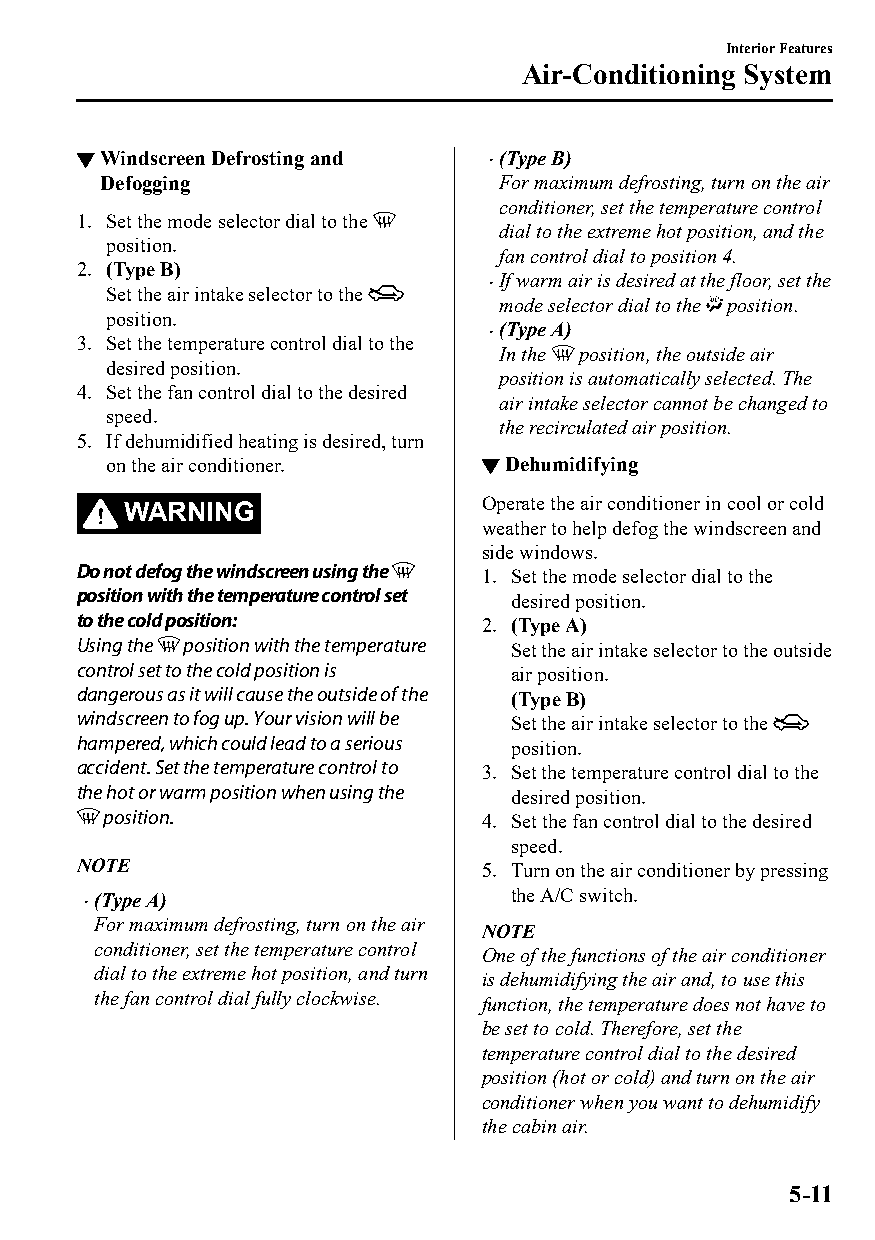
Interior Features
 Air-Conditioning System
 ▼Windscreen Defrosting and  (Type B)
 
 Defogging                  For maximum defrosting, turn on the air
 conditioner, set the temperature control
 1. Set the mode selector dial to the
 dial to the extreme hot position, and the
 position.
 fan control dial to position 4.
 2. (Type B)
 If warm air is desired at the floor, set the
 Set the air intake selector to the 
 mode selector dial to the position.
 position.
 (Type A)
 3. Set the temperature control dial to the 
 In the position, the outside air
 desired position.
 position is automatically selected. The
 4. Set the fan control dial to the desired
 air intake selector cannot be changed to
 speed.
 the recirculated air position.
 5. If dehumidified heating is desired, turn
 on the air conditioner.  ▼Dehumidifying
 WARNING                 Operate the air conditioner in cool or cold
 weather to help defog the windscreen and
 side windows.
 Do not defog the windscreen using the 1. Set the mode selector dial to the
 position with the temperature control set desired position.
 to the cold position:      2. (Type A)
 Using the position with the temperature Set the air intake selector to the outside
 control set to the cold position is air position.
 dangerous as it will cause the outside of the (Type B)
 windscreen to fog up. Your vision will be Set the air intake selector to the
 hampered, which could lead to a serious position.
 accident. Set the temperature control to 3. Set the temperature control dial to the
 the hot or warm position when using the desired position.
 position.                4. Set the fan control dial to the desired
 speed.
 NOTE                       5. Turn on the air conditioner by pressing
 (Type A)                    the A/C switch.
 
 For maximum defrosting, turn on the air
 NOTE
 conditioner, set the temperature control One of the functions of the air conditioner
 dial to the extreme hot position, and turn is dehumidifying the air and, to use this
 the fan control dial fully clockwise. function, the temperature does not have to
 be set to cold. Therefore, set the
 temperature control dial to the desired
 position (hot or cold) and turn on the air
 conditioner when you want to dehumidify
 the cabin air.
 5-11
 CX-3_8GT4-EE-18D_Edition4                  2018-9-6 18:32:19